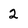
Character: 2